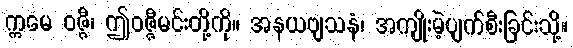
ဣမေ ဝဇ္ဇီ၊ ဤဝဇ္ဇီမင်းတို့ကို။ အနယဗျသနံ၊ အကျိုးမဲ့ပျက်စီးခြင်းသို့။